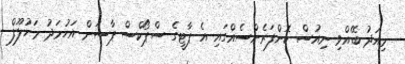
މިއަދު ބޭއްވި ނިއުސް ކޮންފަރެންސެއްގައި އެ ޕާޓީގެ ސްޕޯކްސް ޕާސަން އަހުމަދު މަހުލޫފް